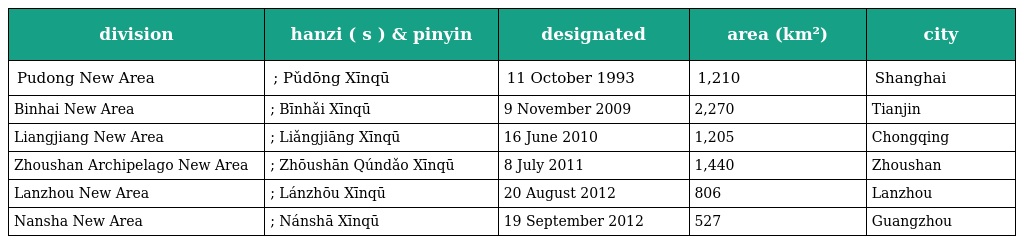
| division | hanzi ( s ) & pinyin | designated | area (km²) | city |
 | --- | --- | --- | --- | --- |
 | Pudong New Area | 浦东新区; Pǔdōng Xīnqū | 11 October 1993 | 1,210 | Shanghai |
 | Binhai New Area | 滨海新区; Bīnhǎi Xīnqū | 9 November 2009 | 2,270 | Tianjin |
 | Liangjiang New Area | 两江新区; Liǎngjiāng Xīnqū | 16 June 2010 | 1,205 | Chongqing |
 | Zhoushan Archipelago New Area | 舟山群岛新区; Zhōushān Qúndǎo Xīnqū | 8 July 2011 | 1,440 | Zhoushan |
 | Lanzhou New Area | 兰州新区; Lánzhōu Xīnqū | 20 August 2012 | 806 | Lanzhou |
 | Nansha New Area | 南沙新区; Nánshā Xīnqū | 19 September 2012 | 527 | Guangzhou |